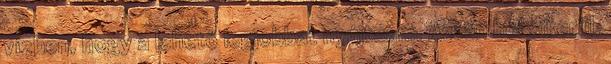
vízben, hogy a lehető legjobbat nyújtsam. Aztán hol sikerül,